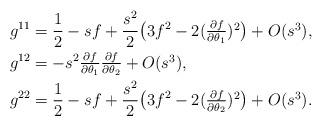
LaTeX: \begin{align*}g^{11}&=\frac{1}{2}-sf+\frac{s^2}{2}\big(3f^2-2\textstyle(\frac{\partial f}{\partial \theta_1})^2\big)+O(s^3),\\g^{12}&=-s^2\textstyle\frac{\partial f}{\partial \theta_1}\frac{\partial f}{\partial \theta_2}+O(s^3) , \\g^{22}&=\frac{1}{2}-sf+\frac{s^2}{2}\big(3f^2-2\textstyle(\frac{\partial f}{\partial \theta_2})^2\big)+O(s^3) .\end{align*}